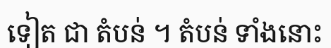
ទៀត ជា តំបន់ ។ តំបន់ ទាំងនោះ